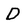
Character: D